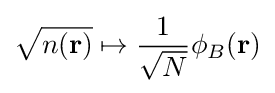
{\sqrt {n(\mathbf {r} )}}\mapsto {\frac {1}{\sqrt {N}}}\phi _{B}(\mathbf {r} )